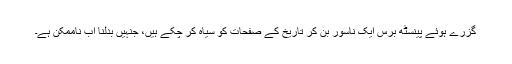
گزرے ہوئے پینسٹھ برس ایک ناسور بن کر تاریخ کے صفحات کو سیاہ کر چکے ہیں، جنہیں بدلنا اب ناممکن ہے۔